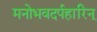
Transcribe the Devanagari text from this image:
मनोभवदर्पहारिन्